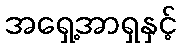
အရှေ့အာရှနှင့်